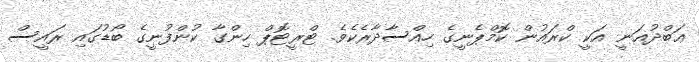
ޢަބްދުޣަނީ އަކީ ކްރައުން ކޮމްޕެނީގެ ހިއްސާދާރެކެވެ. ޓްރީޓޮޕް ހިންގާ ކުންފުނީގެ ބޯޑުގައި ރައީސް